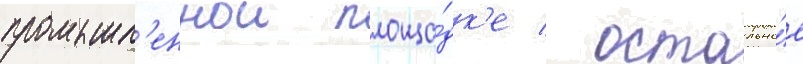
промышл'еннои площа́дк'е / остально́е